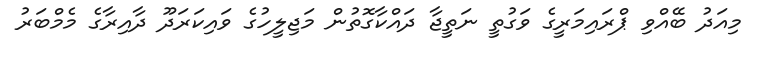
މިއަދު ބޭއްވި ޕްރައިމަރީގެ ވަގުތީ ނަތީޖާ ދައްކާގޮތުން މަޖިލީހުގެ ވައިކަރަދޫ ދާއިރާގެ މެމްބަރު